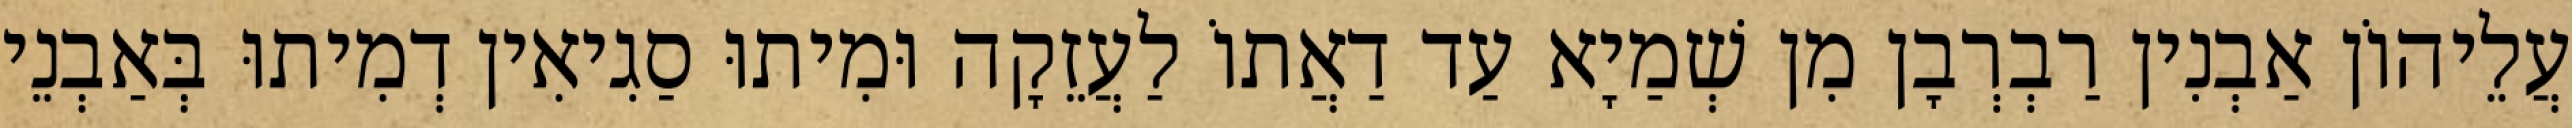
עֲלֵיהוֹן אַבְנִין רַבְרְבָן מִן שְׁמַיָא עַד דַאֲתוֹ לַעֲזֵקָה וּמִיתוּ סַגִיאִין דְמִיתוּ בְּאַבְנֵי